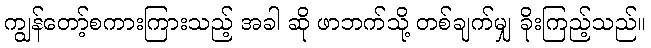
ကျွန်တော့်စကားကြားသည့် အခါ ဆို ဖာဘက်သို့ တစ်ချက်မျှ ခိုးကြည့်သည်။